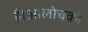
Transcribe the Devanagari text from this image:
है।आलोचकों